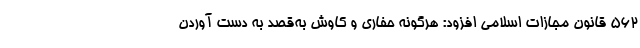
۵۶۲ قانون مجازات اسلامی افزود: هرگونه حفاری و کاوش به‌قصد به دست آوردن